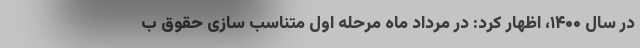
در سال ۱۴۰۰، اظهار کرد: در مرداد ماه مرحله اول متناسب سازی حقوق ب